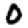
Digit: 0